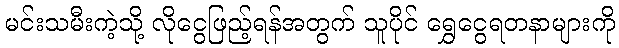
မင်းသမီးကဲ့သို့ လိုငွေဖြည့်ရန်အတွက် သူပိုင် ရွှေငွေရတနာများကို